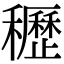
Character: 𥤀